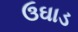
ઉઘાડ